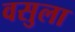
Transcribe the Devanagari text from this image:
वसुला